Eestimaa_Kommunistliku_Partei_Keskkomitee, lk 37
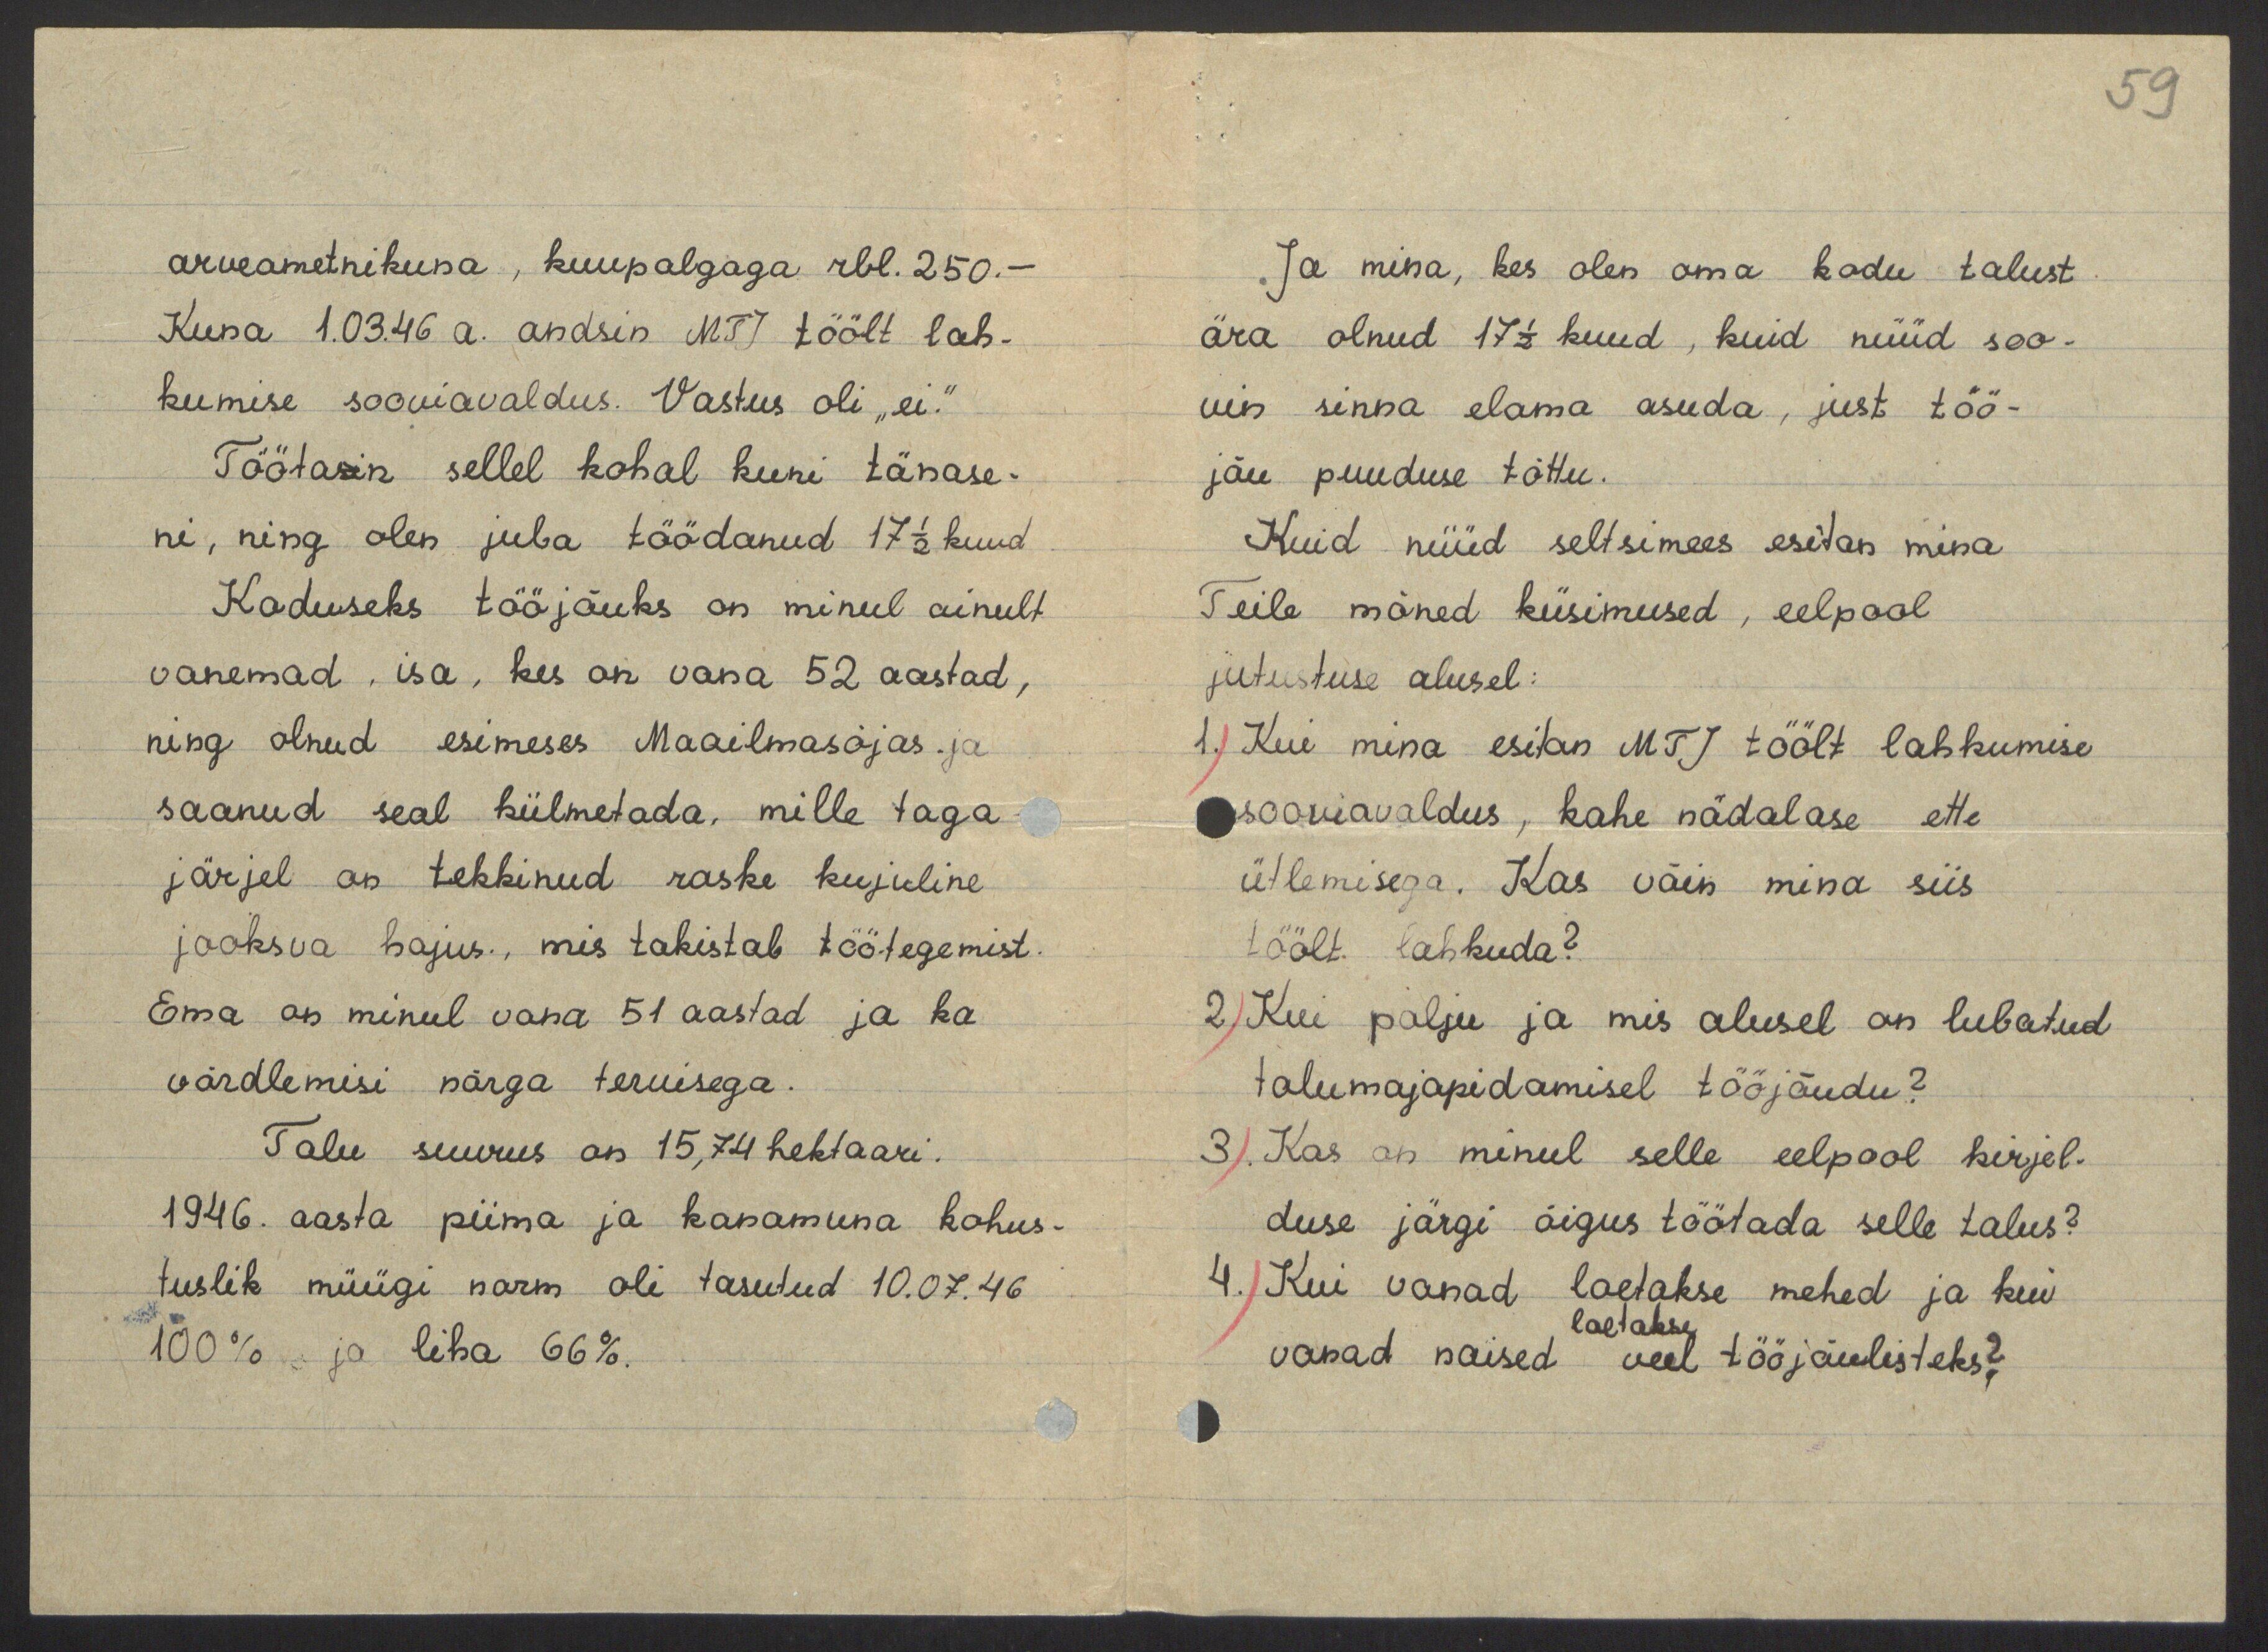
59

arveametnikuna, kuupalgaga rbl. 250.-
Kuna 1.03.46 a. andsin MTJ töölt lah-
kumise sooviavaldus. Vastus oli "ei."
Töötasin sellel kohal kuni tänase-
ni, ning olen juba töödanud 17 1/2 kuud
Koduseks tööjõuks on minul ainult
vanemad, isa, kes on vana 52 aastad,
ning olnud esimeses Maailmasõjas .ja
saanud seal külmetada, mille taga
järjel on tekkinud raske kujuline
jooksva hajus., mis takistab töötegemist.
Ema on minul vana 51 aastad ja ka
võrdlemisi nõrga tervisega.
Talu suurus on 15,74 hektaari.
1946. aasta piima ja kanamuna kohus-
tuslik müügi norm oli tasutud 10.07.46
100% ja liha 66%.

Ja mina, kes olen oma kodu talust
ära olnud 17 1/2 kuud, kuid nüüd soo-
vin sinna elama asuda, just töö-
jõu puuduse tõttu.
Kuid nüüd seltsimees esitan mina
Teile mõned küsimused, eelpool
jutustuse alusel:
1.) Kui mina esitan MTJ töölt lahkumise
sooviavaldus, kahe nädalase ette
ütlemisega. Kas võin mina siis
töölt lahkuda?
2) Kui palju ja mis alusel on lubatud
talumajapidamisel tööjõudu?
3). Kas on minul selle eelpool kirjel-
duse järgi õigus töötada selle talus?
4.) Kui vanad loetakse mehed ja kui
loetakse
vanad naised veel tööjõulisteks?